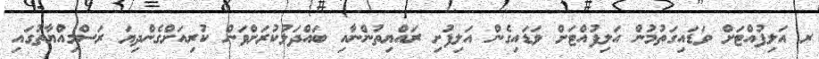
ރ އަލިފުއްޓަށް ވަޑައިގަތުމުން އަލިފުއްޓަށް ވަޑައިގެން އަލިފުށި ރައްޔިތުންނާއި ބައްދަލުކުރަށްވަން ކުރިއަށްގެންދިޔަ ރަސްމިއްޔާތުގައި